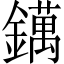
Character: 𨭬